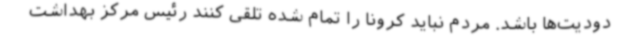
دودیت‌ها باشد. مردم نباید کرونا را تمام شده تلقی کنند رئیس مرکز بهداشت